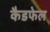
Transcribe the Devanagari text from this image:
कैडफेल